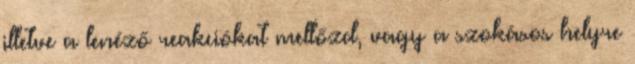
illetve a lenéző reakciókat mellőzd, vagy a szokásos helyre